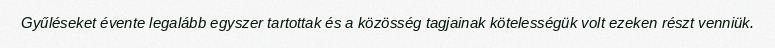
Gyűléseket évente legalább egyszer tartottak és a közösség tagjainak kötelességük volt ezeken részt venniük.